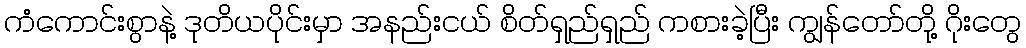
ကံကောင်းစွာနဲ့ ဒုတိယပိုင်းမှာ အနည်းငယ် စိတ်ရှည်ရှည် ကစားခဲ့ပြီး ကျွန်တော်တို့ ဂိုးတွေ